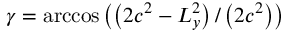
\gamma = \operatorname { a r c c o s } \left( \left( 2 c ^ { 2 } - L _ { y } ^ { 2 } \right) / \left( 2 c ^ { 2 } \right) \right)